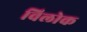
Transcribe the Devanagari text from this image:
विलोक